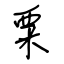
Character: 粟